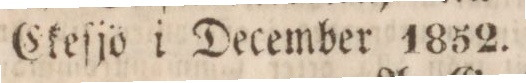
Ekeſjö i December 1852.